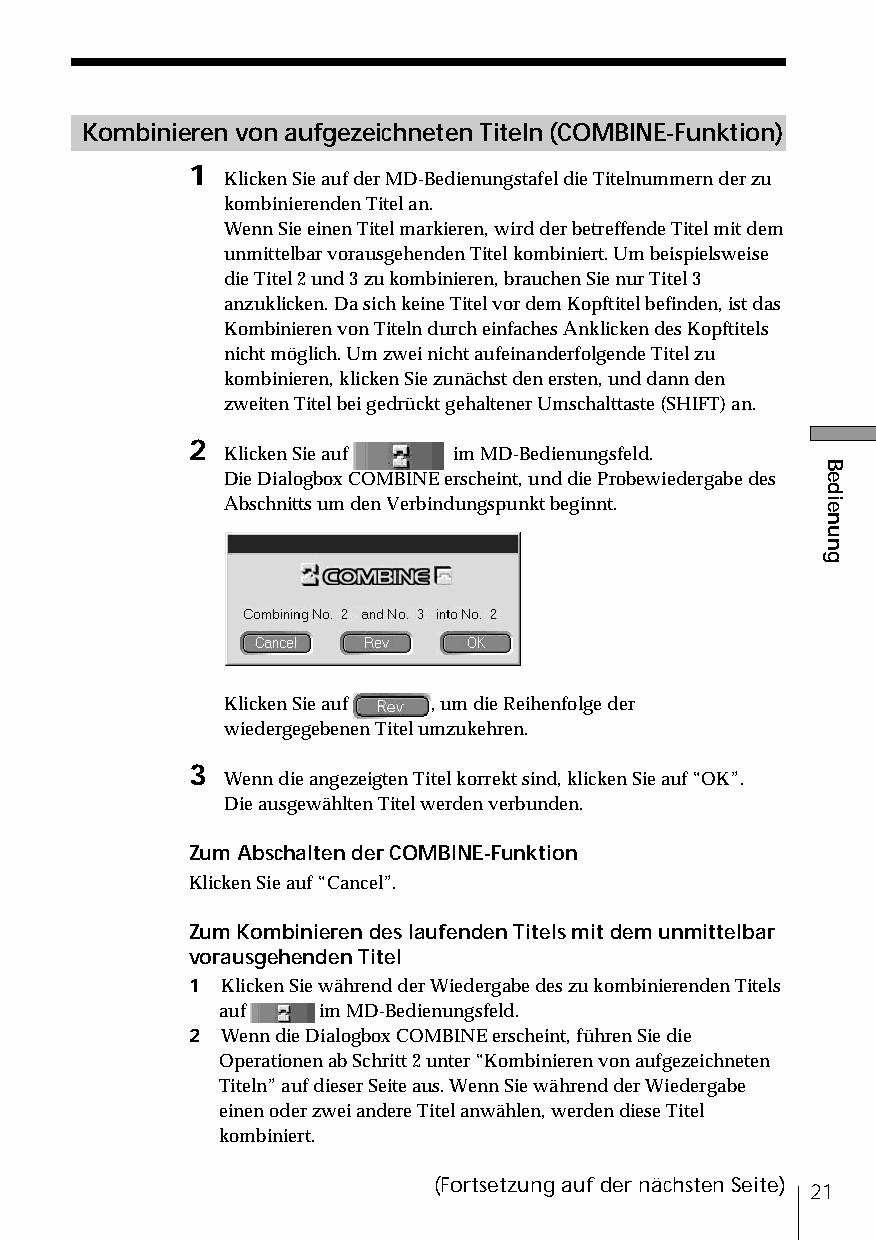
Kombinieren von aufgezeichneten Titeln (COMBINE-Funktion)
 1
 Klicken Sie auf der MD-Bedienungstafel die Titelnummern der zu
 kombinierenden Titel an.
 Wenn Sie einen Titel markieren, wird der betreffende Titel mit dem
 unmittelbar vorausgehenden Titel kombiniert. Um beispielsweise
 die Titel 2 und 3 zu kombinieren, brauchen Sie nur Titel 3
 anzuklicken. Da sich keine Titel vor dem Kopftitel befinden, ist das
 Kombinieren von Titeln durch einfaches Anklicken des Kopftitels
 nicht möglich. Um zwei nicht aufeinanderfolgende Titel zu
 kombinieren, klicken Sie zunächst den ersten, und dann den
 zweiten Titel bei gedrückt gehaltener Umschalttaste (SHIFT) an.
 2
 Klicken Sie auf im MD-Bedienungsfeld.
 Die Dialogbox COMBINE erscheint, und die Probewiedergabe des
 Abschnitts um den Verbindungspunkt beginnt.
 Klicken Sie auf , um die Reihenfolge der
 wiedergegebenen Titel umzukehren.
 3
 Wenn die angezeigten Titel korrekt sind, klicken Sie auf “OK”.
 Die ausgewählten Titel werden verbunden.
 Zum Abschalten der COMBINE-Funktion
 Klicken Sie auf “Cancel”.
 Zum Kombinieren des laufenden Titels mit dem unmittelbar
 vorausgehenden Titel
 1  Klicken Sie während der Wiedergabe des zu kombinierenden Titels
 auf    im MD-Bedienungsfeld.
 2  Wenn die Dialogbox COMBINE erscheint, führen Sie die
 Operationen ab Schritt 2 unter “Kombinieren von aufgezeichneten
 Titeln” auf dieser Seite aus. Wenn Sie während der Wiedergabe
 einen oder zwei andere Titel anwählen, werden diese Titel
 kombiniert.
 (Fortsetzung auf der nächsten Seite)
 21
 Bedienung